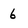
Character: 6